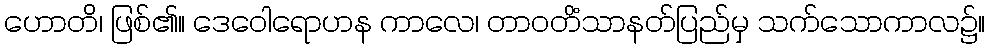
ဟောတိ၊ ဖြစ်၏။ ဒေဝေါရောဟန ကာလေ၊ တာဝတိံသာနတ်ပြည်မှ သက်သောကာလ၌။